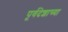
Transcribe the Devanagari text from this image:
पूर्वदेशाच्या